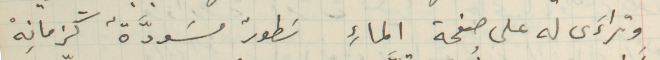
وتراءَى له على صفحة الماءِ سَطورٌ مسَودَّةٌ كزمانِهْ